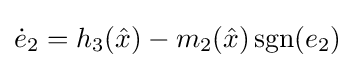
{\dot {e}}_{2}=h_{3}({\hat {x}})-m_{2}({\hat {x}})\operatorname {sgn}(e_{2})